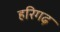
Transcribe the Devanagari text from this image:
हरिगढ़